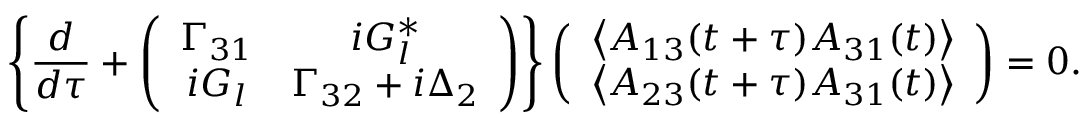
\left\{ \frac { d } { d \tau } + \left( \begin{array} { c c } { \Gamma _ { 3 1 } } & { i G _ { l } ^ { * } } \\ { i G _ { l } } & { \Gamma _ { 3 2 } + i \Delta _ { 2 } } \end{array} \right) \right\} \left( \begin{array} { c } { \left\langle A _ { 1 3 } ( t + \tau ) A _ { 3 1 } ( t ) \right\rangle } \\ { \left\langle A _ { 2 3 } ( t + \tau ) A _ { 3 1 } ( t ) \right\rangle } \end{array} \right) = 0 .